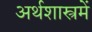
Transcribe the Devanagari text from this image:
अर्थशास्त्रमें